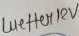
Text: wetter12V